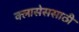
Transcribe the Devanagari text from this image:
क्लासेससाठी